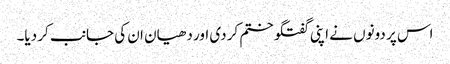
اس پر دونوں نے اپنی گفتگو ختم کر دی اور دھیان ان کی جانب کر دیا۔